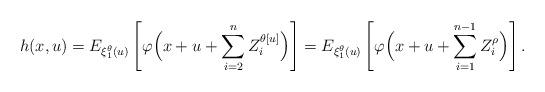
LaTeX: \begin{align*}h(x,u)=E_{\xi_1^\theta(u)}\left[\varphi\Bigl(x+u+\sum_{i=2}^{n} Z_i^{\theta[u]}\Bigr)\right]=E_{\xi_1^\theta(u)}\left[\varphi\Bigl(x+u+\sum_{i=1}^{n-1} Z_i^{\rho}\Bigr)\right].\end{align*}